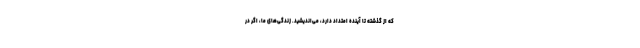
که از گذشته تا آینده امتداد دارد، می‌اندیشید. زندگی‌های ما، اگر در